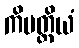
ကိမတ္ထိယံ